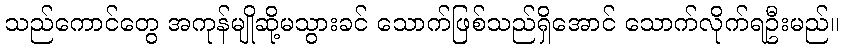
သည်ကောင်တွေ အကုန်မျိုဆို့မသွားခင် သောက်ဖြစ်သည်ရှိအောင် သောက်လိုက်ရဦးမည်။